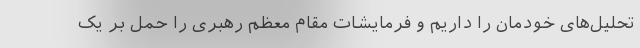
تحلیل‌های خودمان را داریم و فرمایشات مقام معظم رهبری را حمل بر یک